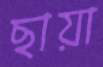
ছায়া